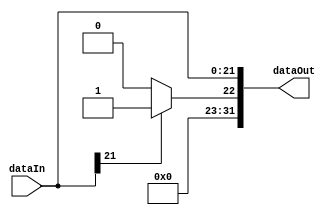
`timescale 1ns / 1ps
//////////////////////////////////////////////////////////////////////////////////
// Name: Tamir Enkhjargal
// Module Name: signExtender
//////////////////////////////////////////////////////////////////////////////////

module signExtender(dataIn, dataOut);

// Setting up variables: 
input [21:0] dataIn;
output reg [31:0] dataOut;

// Run these lines when testing and input changes
always@(dataIn)
begin
    dataOut[21:0]=dataIn;
    
    if(dataIn[21]==1)
    begin
        dataOut[31:22]=1;
    end
    else
    begin
        dataOut[31:22]=0;
    end
end
endmodule